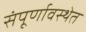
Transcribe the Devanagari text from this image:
संंपूर्णावस्थेत